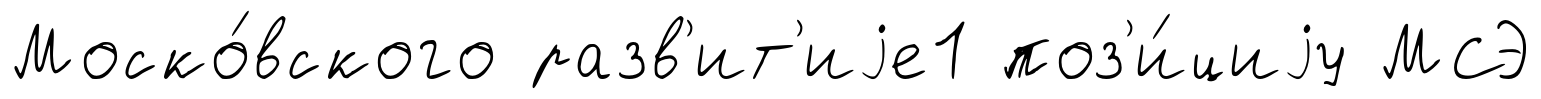
Моско́вского разв'ит'иjе1 поз'и́циjу МСЭ